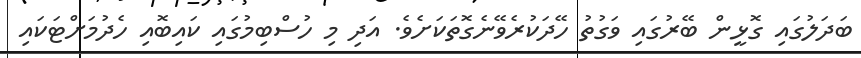
ބަދަލުގައި ގޮޅީން ބޭރުގައި ވަގުތު ހޭދަކުރެވޭނެގޮތަކަށެވެ. އަދި މި ހުސްބިމުގައި ކައިބޮއި ހެދުމަށްޓަކައި